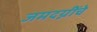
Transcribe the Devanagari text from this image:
जमदग्नींचे